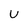
Character: U